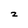
Character: 2